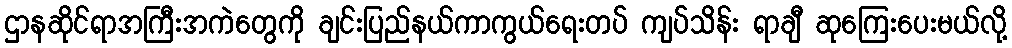
ဌာနဆိုင်ရာအကြီးအကဲတွေကို ချင်းပြည်နယ်ကာကွယ်ရေးတပ် ကျပ်သိန်း ရာချီ ဆုကြေးပေးမယ်လို့